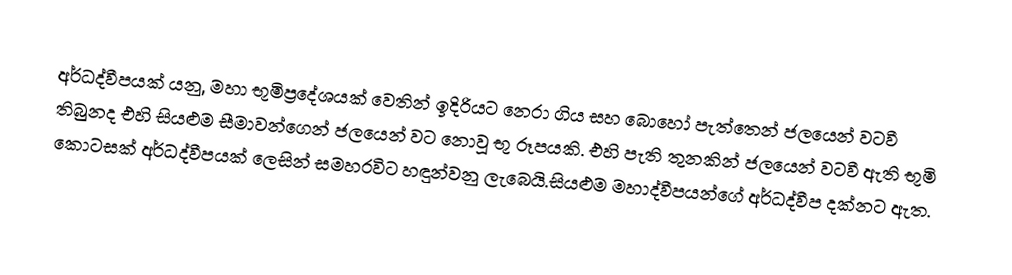
අර්ධද්වීපයක් යනු,  මහා භූමිප්‍රදේශයක් වෙතින් ඉදිරියට නෙරා ගිය සහ බොහෝ පැත්තෙන් ජලයෙන් වටවී තිබුනද එහි සියළුම සීමාවන්ගෙන් ජලයෙන් වට නොවූ භූ රූපයකි. එහි පැති තුනකින් ජලයෙන් වටවී ඇති භූමි කොටසක් අර්ධද්වීපයක් ලෙසින් සමහරවිට හඳුන්වනු ලැබෙයි.සියළුම මහාද්වීපයන්ගේ අර්ධද්වීප දක්නට ඇත.